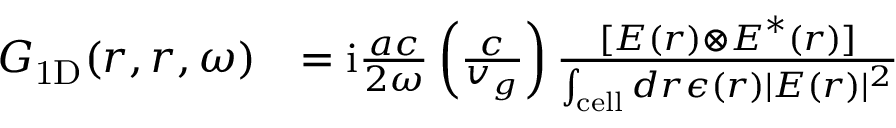
\begin{array} { r l } { \boldsymbol { G } _ { \mathrm { 1 D } } ( \boldsymbol { r } , \boldsymbol { r } , \omega ) } & { = \mathrm { i } \frac { a c } { 2 \omega } \left( \frac { c } { v _ { g } } \right) \frac { [ \boldsymbol { E } ( \boldsymbol { r } ) \otimes \boldsymbol { E } ^ { * } ( \boldsymbol { r } ) ] } { \int _ { \mathrm { c e l l } } d \boldsymbol { r } \epsilon ( \boldsymbol { r } ) \lvert \boldsymbol { E } ( \boldsymbol { r } ) \rvert ^ { 2 } } } \end{array}